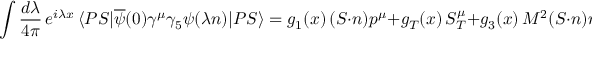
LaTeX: \int \frac { d \lambda } { 4 \pi } \, e ^ { i \lambda x } \, \langle P S | \overline { { { \psi } } } ( 0 ) \gamma ^ { \mu } \gamma _ { 5 } \psi ( \lambda n ) | P S \rangle = g _ { 1 } ( x ) \, ( S \cdot n ) p ^ { \mu } + g _ { T } ( x ) \, S _ { T } ^ { \mu } + g _ { 3 } ( x ) \, M ^ { 2 } ( S \cdot n ) n ^ { \mu } ,